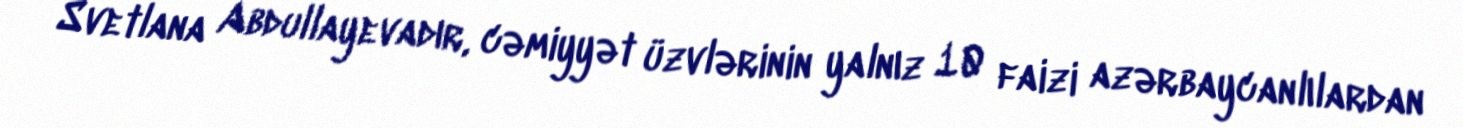
Svetlana Abdullayevadır, cəmiyyət üzvlərinin yalnız 10 faizi azərbaycanlılardan